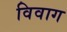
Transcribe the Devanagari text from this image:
विवाग